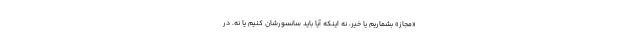
«مجاز» بشماریم یا خیر، نه اینکه آیا باید سانسورشان کنیم یا نه. در